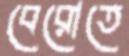
বেরোতে